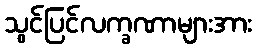
သွင်ပြင်လက္ခဏာများအား